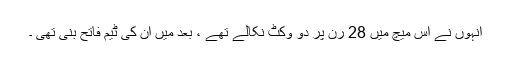
انہوں نے اس میچ میں 28 رن پر دو وکٹ نکالے تھے ، بعد میں ان کی ٹیم فاتح بنی تھی ۔